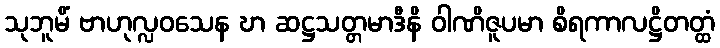
သုဘူမိံ ဗာဟုလ္လဝသေန ဎာ ဆဋ္ဌသတ္တမာဒီနိ ဝါဏိဇူပမာ စိရကာလဋ္ဌိတတ္ထံ